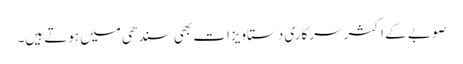
صوبے کے اکثر سرکاری دستاویزات بھی سندھی میں ہوتے ہیں۔